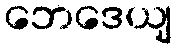
ဘေဒေယျ